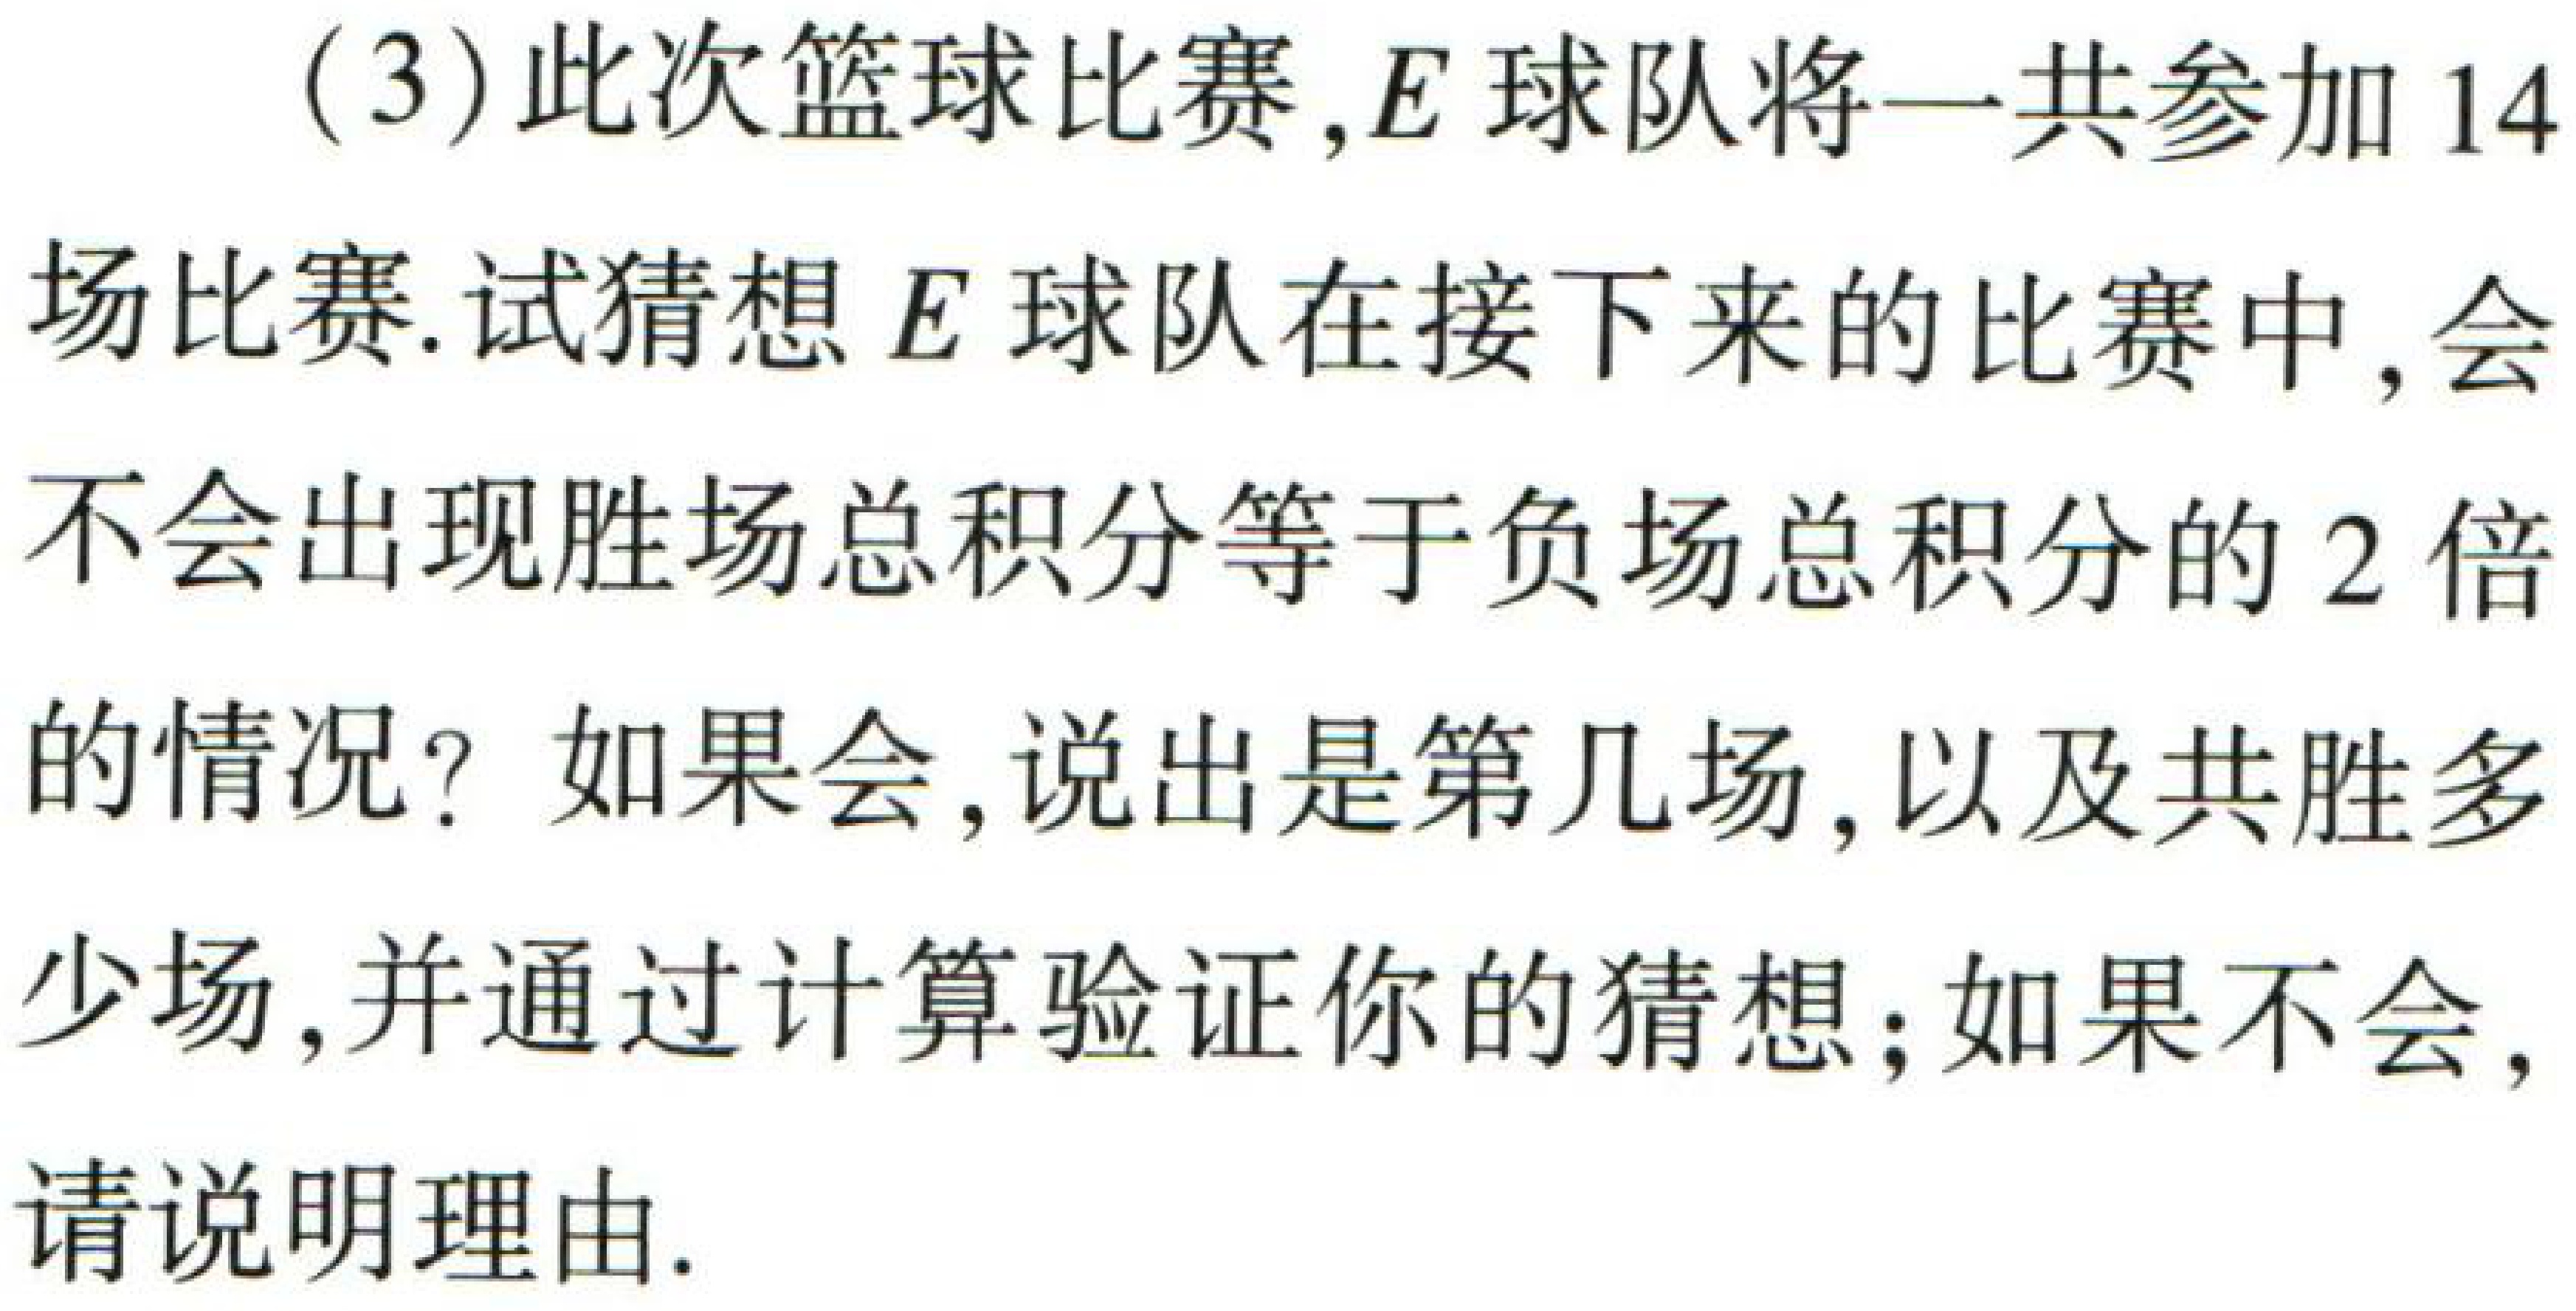
(3)此次篮球比赛，\(E\)球队将一共参加 \(14\)场比赛. 试猜想 \(E\)球队在接下来的比赛中，会不会出现胜场总积分等于负场总积分的 \(2\)倍的情况？如果会，说出是第几场，以及共胜多少场，并通过计算验证你的猜想；如果不会，请说明理由.